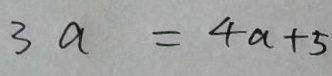
3 a = 4 a + 5